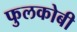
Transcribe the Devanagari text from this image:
फुलकोबी